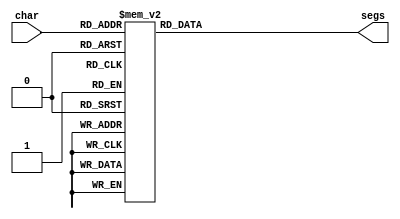
/*
   This file was generated automatically by Alchitry Labs version 1.1.6.
   Do not edit this file directly. Instead edit the original Lucid source.
   This is a temporary file and any changes made to it will be destroyed.
*/

module seven_seg_5 (
    input [3:0] char,
    output reg [6:0] segs
  );
  
  
  
  always @* begin
    
    case (char)
      1'h0: begin
        segs = 7'h3f;
      end
      1'h1: begin
        segs = 7'h06;
      end
      2'h2: begin
        segs = 7'h5b;
      end
      2'h3: begin
        segs = 7'h4f;
      end
      3'h4: begin
        segs = 7'h66;
      end
      3'h5: begin
        segs = 7'h6d;
      end
      3'h6: begin
        segs = 7'h7d;
      end
      3'h7: begin
        segs = 7'h07;
      end
      4'h8: begin
        segs = 7'h7f;
      end
      4'h9: begin
        segs = 7'h67;
      end
      4'ha: begin
        segs = 7'h77;
      end
      4'hb: begin
        segs = 7'h7c;
      end
      4'hc: begin
        segs = 7'h39;
      end
      4'hd: begin
        segs = 7'h31;
      end
      4'he: begin
        segs = 7'h79;
      end
      default: begin
        segs = 7'h00;
      end
    endcase
  end
endmodule